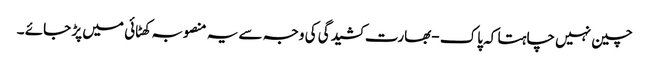
چین نہیں چاہتا کہ پاک -بھارت کشیدگی کی وجہ سے یہ منصوبہ کھٹائی میں پڑ جائے ۔